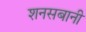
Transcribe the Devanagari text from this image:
शनसबानी